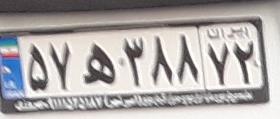
۵۷ه۳۸۸۷۲